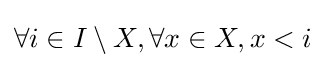
\forall i\in I\setminus X,\forall x\in X,x<i